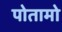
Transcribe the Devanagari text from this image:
पोतामो